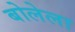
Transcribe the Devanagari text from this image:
बोलेला